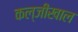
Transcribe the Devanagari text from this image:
कल्जीखाल